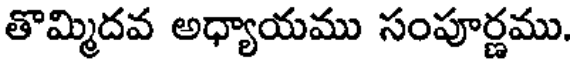
తొమ్మిదవ అధ్యాయము సంపూర్ణము.